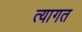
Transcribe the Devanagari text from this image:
त्यागत